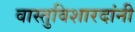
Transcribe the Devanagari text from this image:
वास्तुविशारदांनी